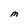
Character: M